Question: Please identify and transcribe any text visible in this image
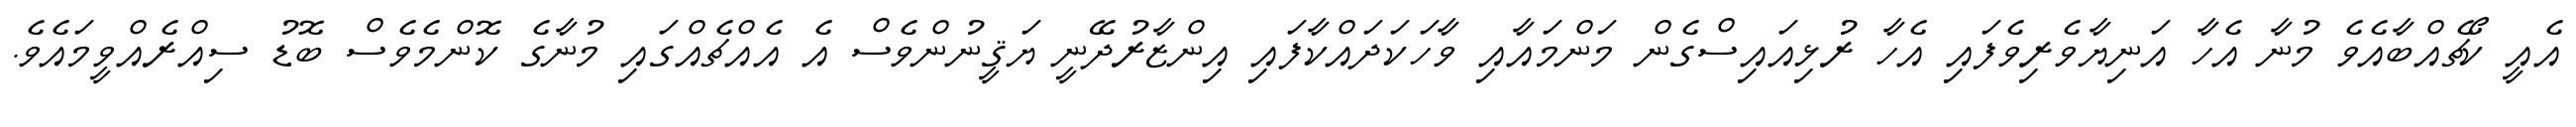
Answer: އެއީ ކޯޗެއްބާއެވެ މުނާ އެހާ އަނިޔާވެރިވެފައި އެހާ ރުޅިއައިސްގެން މަންމައާއި ވާހަކަދައްކާފައި އިންޒާރުދޭނީ ޔަޤީނުންވެސް އެ އެއްޗެއްގައި މުނާގެ ކޮންމެވެސް ބޮޑު ސިއްރެއްވީމައެވެ.